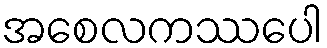
အစေလကဿပေါ